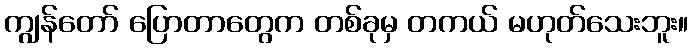
ကျွန်တော် ပြောတာတွေက တစ်ခုမှ တကယ် မဟုတ်သေးဘူး။